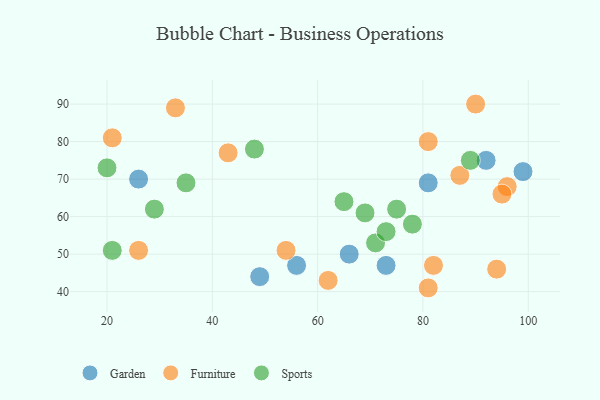
{"axis": {"x": "GDP", "y": "Life Expectancy"}, "legend": ["Furniture", "Garden", "Sports"], "data": [{"x": "99", "y": 72, "type": "Garden"}, {"x": "81", "y": 69, "type": "Garden"}, {"x": "73", "y": 47, "type": "Garden"}, {"x": "92", "y": 75, "type": "Garden"}, {"x": "56", "y": 47, "type": "Garden"}, {"x": "26", "y": 70, "type": "Garden"}, {"x": "49", "y": 44, "type": "Garden"}, {"x": "66", "y": 50, "type": "Garden"}, {"x": "43", "y": 77, "type": "Furniture"}, {"x": "54", "y": 51, "type": "Furniture"}, {"x": "96", "y": 68, "type": "Furniture"}, {"x": "62", "y": 43, "type": "Furniture"}, {"x": "21", "y": 81, "type": "Furniture"}, {"x": "82", "y": 47, "type": "Furniture"}, {"x": "33", "y": 89, "type": "Furniture"}, {"x": "81", "y": 80, "type": "Furniture"}, {"x": "26", "y": 51, "type": "Furniture"}, {"x": "94", "y": 46, "type": "Furniture"}, {"x": "81", "y": 41, "type": "Furniture"}, {"x": "87", "y": 71, "type": "Furniture"}, {"x": "95", "y": 66, "type": "Furniture"}, {"x": "90", "y": 90, "type": "Furniture"}, {"x": "75", "y": 62, "type": "Sports"}, {"x": "71", "y": 53, "type": "Sports"}, {"x": "73", "y": 56, "type": "Sports"}, {"x": "89", "y": 75, "type": "Sports"}, {"x": "65", "y": 64, "type": "Sports"}, {"x": "21", "y": 51, "type": "Sports"}, {"x": "48", "y": 78, "type": "Sports"}, {"x": "20", "y": 73, "type": "Sports"}, {"x": "69", "y": 61, "type": "Sports"}, {"x": "29", "y": 62, "type": "Sports"}, {"x": "35", "y": 69, "type": "Sports"}, {"x": "78", "y": 58, "type": "Sports"}]}